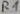
Text: R1